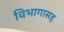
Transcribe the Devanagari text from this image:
विभागासह